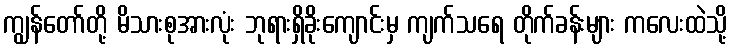
ကျွန်တော်တို့ မိသားစုအားလုံး ဘုရားရှိခိုးကျောင်းမှ ကျက်သရေ တိုက်ခန်းများ ကလေးထဲသို့